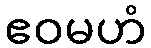
ဧဝမဟံ